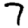
Digit: 7